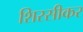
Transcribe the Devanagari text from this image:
शिरसीकर